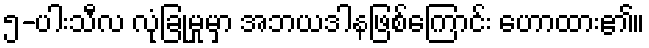
၅-ပါးသီလ လုံခြုံမှုမှာ အဘယဒါနဖြစ်ကြောင်း ဟောထား၏။